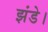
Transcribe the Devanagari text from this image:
झंडे।